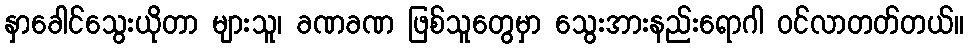
နှာခေါင်သွေးယိုတာ များသူ၊ ခဏခဏ ဖြစ်သူတွေမှာ သွေးအားနည်းရောဂါ ဝင်လာတတ်တယ်။